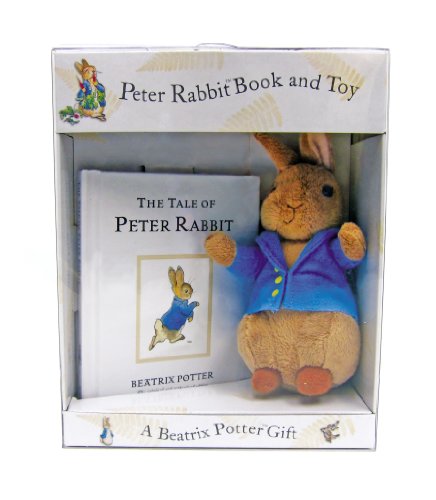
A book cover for Peter Rabbit Book and Toy; Beatrix Potter; Children's Books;